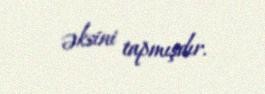
əksini tapmışdır.